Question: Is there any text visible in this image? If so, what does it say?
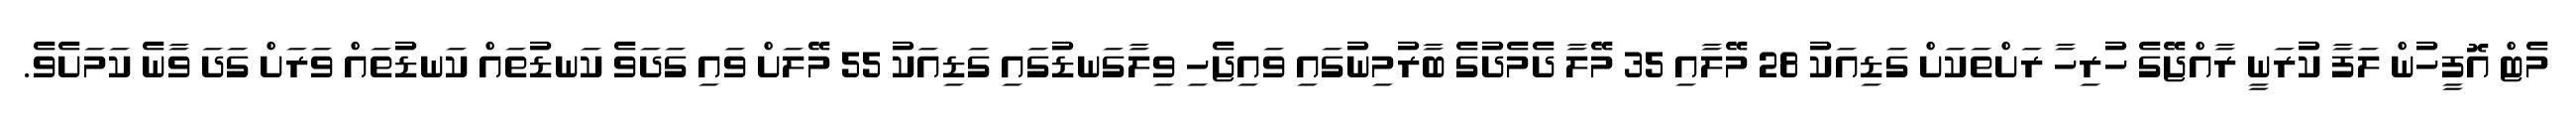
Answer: މެޓް އޮފީހުން ލަފާ ކުރަނީ ރާއްޖޭގެ ހުރިހާ ރަށްތަކަށް ގަޑިއަކު 28 މޭލާއި 35 މޭލާ ދެމެދުގެ ބާރުމިނުގައި ވައިޖެހި ވިލާގަނޑުގައި ގަޑިއަކު 55 މޭލަށް ވައި ގަދަވެ ކަނޑުތައް ކަނޑުތައް ވަރަށް ގަދަ ވާނެ ކަމަށެވެ.